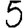
Digit: 5